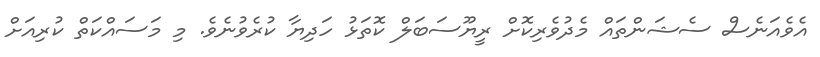
އެވެއަނެސް ސެޝަންތައް މެދުވެރިކޮށް ރީޔޫސަބަލް ކޮތަޅު ހަދިޔާ ކުރެވުނެވެ. މި މަސައްކަތް ކުރިއަށް